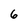
Character: 6